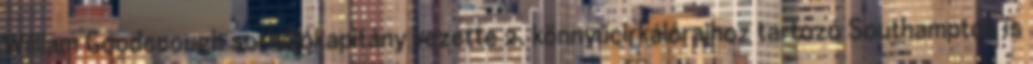
William Goodenough sorhajókapitány vezette 2. könnyűcirkálórajhoz tartozó Southampton is